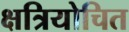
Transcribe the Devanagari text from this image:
क्षत्रियोचित